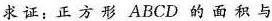
求证：正方形ABCD的面积与